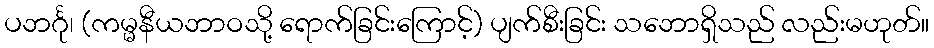
ပဘင်္ဂု၊ (ကမ္မနီယဘာဝသို့ ရောက်ခြင်းကြောင့်) ပျက်စီးခြင်း သဘောရှိသည် လည်းမဟုတ်။